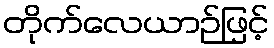
တိုက်လေယာဉ်ဖြင့်